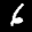
Label: 6